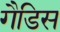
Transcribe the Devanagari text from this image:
गैडिस